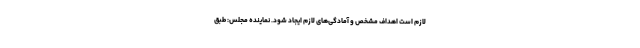
لازم است اهداف مشخص و آمادگی‌های لازم ایجاد شود. نماینده مجلس: طبق